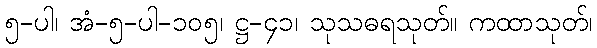
၅-ပါ၊ အံ-၅-ပါ-၁၀၅၊ ဋ္ဌ-၄၁၊ သုသဓရသုတ်။ ကထာသုတ်၊